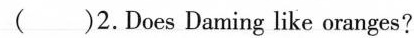
( )2.Does Daming like oranges?